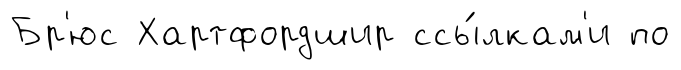
Бр'юс Хартфордшир ссы́лкам'и по